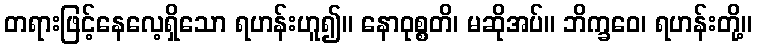
တရားဖြင့်နေလေ့ရှိသော ရဟန်းဟူ၍။ နောဝုစ္စတိ၊ မဆိုအပ်။ ဘိက္ခဝေ၊ ရဟန်းတို့။